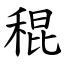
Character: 䅙